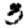
Digit: 3